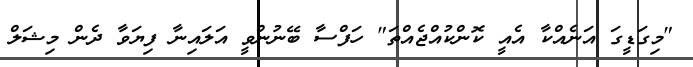
"މިގަޑީގަ އަނެއްކާ އެއީ ކޮންކުއްޖެއްތަ" ހަފްސާ ބޭނުންވީ އަލައިނާ ފިޔަވާ ދެން މިޝަލް